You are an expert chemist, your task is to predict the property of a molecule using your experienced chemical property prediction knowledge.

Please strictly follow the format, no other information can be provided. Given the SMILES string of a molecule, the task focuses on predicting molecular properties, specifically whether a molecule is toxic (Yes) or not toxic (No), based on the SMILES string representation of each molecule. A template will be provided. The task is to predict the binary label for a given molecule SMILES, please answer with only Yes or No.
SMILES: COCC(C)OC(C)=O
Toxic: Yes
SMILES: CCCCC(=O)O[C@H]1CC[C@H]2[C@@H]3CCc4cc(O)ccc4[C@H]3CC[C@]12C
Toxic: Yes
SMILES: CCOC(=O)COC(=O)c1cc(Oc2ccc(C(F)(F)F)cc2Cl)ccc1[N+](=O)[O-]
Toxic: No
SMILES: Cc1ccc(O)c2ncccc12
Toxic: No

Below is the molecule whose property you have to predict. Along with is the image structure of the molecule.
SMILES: N#C[C@@H]1CC(F)(F)CN1C(=O)CNC1CC2CCC(C1)N2c1ncccn1
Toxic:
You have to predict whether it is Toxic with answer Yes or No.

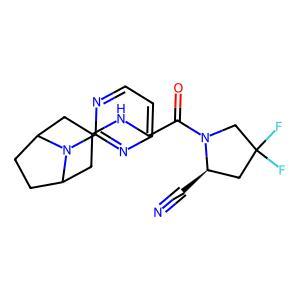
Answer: No